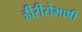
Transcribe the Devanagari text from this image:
हीरीरोभाषी